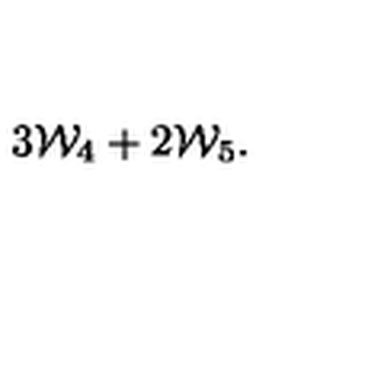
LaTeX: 3 { \cal W } _ { 4 } + 2 { \cal W } _ { 5 } .